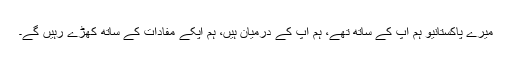
میرے پاکستانیو ہم آپ کے ساتھ تھے، ہم آپ کے درمیان ہیں، ہم آپکے مفادات کے ساتھ کھڑے رہیں گے۔